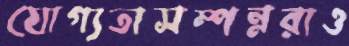
যোগ্যতাসম্পন্নরাও